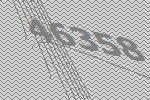
46358